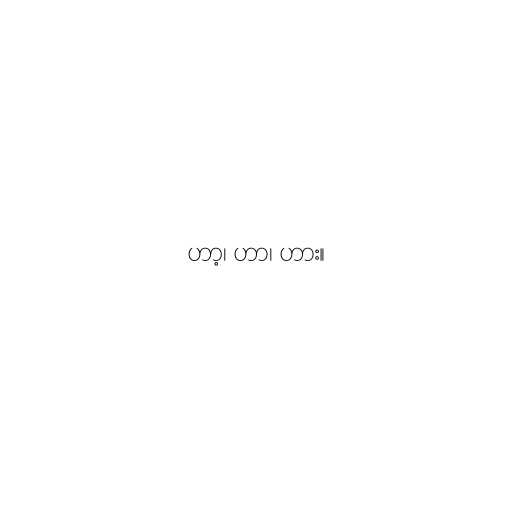
ဟာ့၊ ဟာ၊ ဟား။